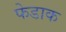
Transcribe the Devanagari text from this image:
फेडाक